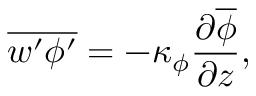
\overline { { w ^ { \prime } \phi ^ { \prime } } } = - \kappa _ { \phi } \frac { \partial \overline { { \phi } } } { \partial z } ,